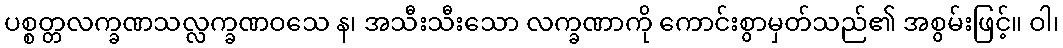
ပစ္စတ္တလက္ခဏသလ္လက္ခဏဝသေ န၊ အသီးသီးသော လက္ခဏာကို ကောင်းစွာမှတ်သည်၏ အစွမ်းဖြင့်။ ဝါ၊